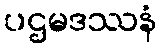
ပဌမဒဿနံ